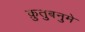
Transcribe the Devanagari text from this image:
क़ुतुबनुमे